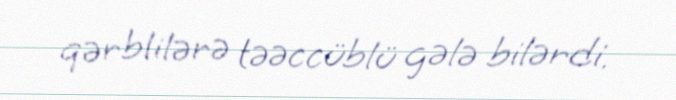
qərblilərə təəccüblü gələ bilərdi.